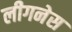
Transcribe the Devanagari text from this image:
लीगनेस